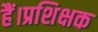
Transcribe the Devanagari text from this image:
हैं।प्रशिक्षक